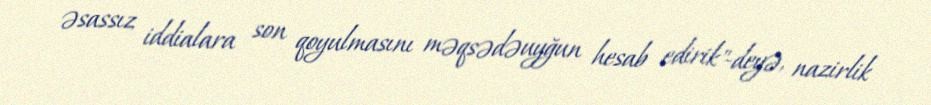
əsassız iddialara son qoyulmasını məqsədəuyğun hesab edirik"-deyə, nazirlik